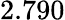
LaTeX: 2.790